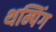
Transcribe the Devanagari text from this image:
थम्पिंग